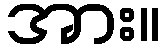
အား။